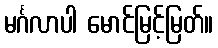
မင်္ဂလာပါ မောင်မြင့်မြတ်။